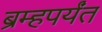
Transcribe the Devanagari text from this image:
ब्रम्हपर्यंत